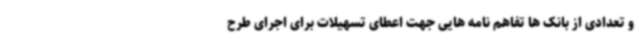
و تعدادی از بانک ها تفاهم نامه هایی جهت اعطای تسهیلات برای اجرای طرح